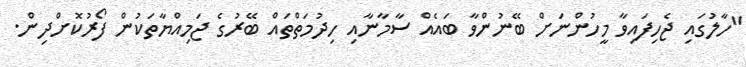
"ހާލުގައި ޖެހިފައިވާ މީހުންނަށް ބޭނުންވާ ބައެއް ސާމާނާއި ހިދުމަތްތައް ބޭރުގެ ޖަމިއްޔާތަކުން ފޯރުކޮށްދިން.